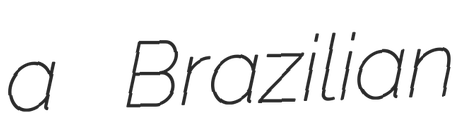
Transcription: a Brazilian